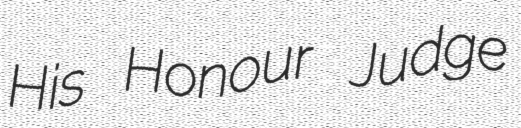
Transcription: His Honour Judge